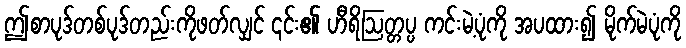
ဤစာပုဒ်တစ်ပုဒ်တည်းကိုဖတ်လျှင် ၎င်း၏ ဟီရိဩတ္တပ္ပ ကင်းမဲ့ပုံကို အပထား၍ မိုက်မဲပုံကို